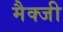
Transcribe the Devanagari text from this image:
मैक्जी